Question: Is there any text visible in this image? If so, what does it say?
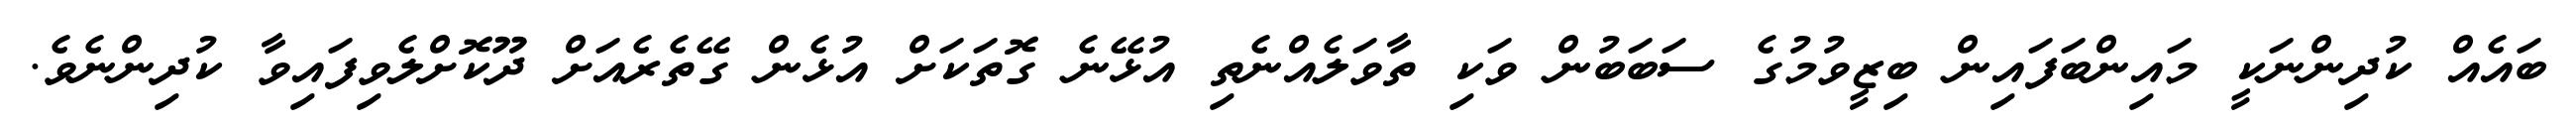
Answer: ބައެއް ކުދިންނަކީ މައިންބަފައިން ބިޒީވުމުގެ ސަބަބުން ވަކި ތާވަލެއްނެތި އުޅޭނެ ގޮތަކަށް އުޅެން ގޭތެރެއަށް ދޫކޮށްލެވިފައިވާ ކުދިންނެވެ.